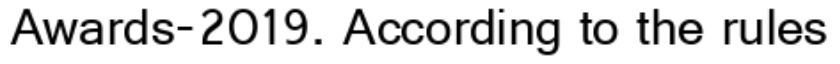
Awards-2019. According to the rules